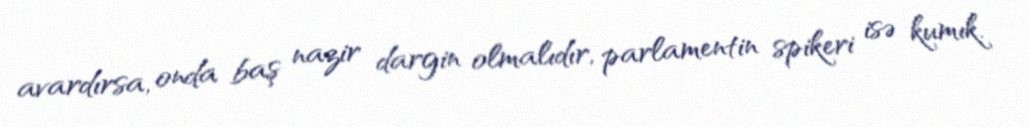
avardırsa, onda baş nazir dargin olmalıdır, parlamentin spikeri isə kumık.